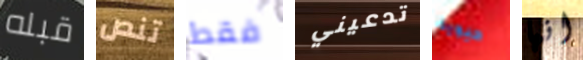
قبله تنص فقط تدعيني حيوية انها